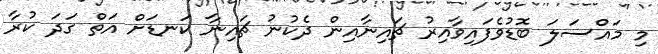
މި މައްސަލަ ބޮޑުވެފައިވާއިރު ޗައިނާއިން ދެކުނު ޗައިނާ ކަނޑަށް އަތް ގަދަ ކުރާ